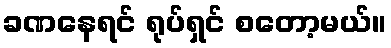
ခဏနေရင် ရုပ်ရှင် စတော့မယ်။